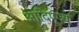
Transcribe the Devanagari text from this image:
आदिपूज्य